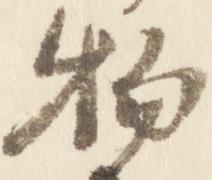
物